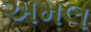
અમલ